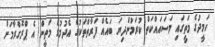
ހަމީދުގެ މަތީގައި މަސައައްކަތް ކުރަމުންދިޔަ ބައެއް ފަރާތްތަކުގެ އެދުމުގެ މަތީން އެ ޕްރޮގްރާމަށް